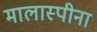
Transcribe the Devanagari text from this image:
मालास्पीना